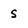
Character: S